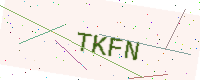
Text: TKFN